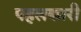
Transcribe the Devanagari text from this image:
पहलकारी